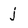
Character: j